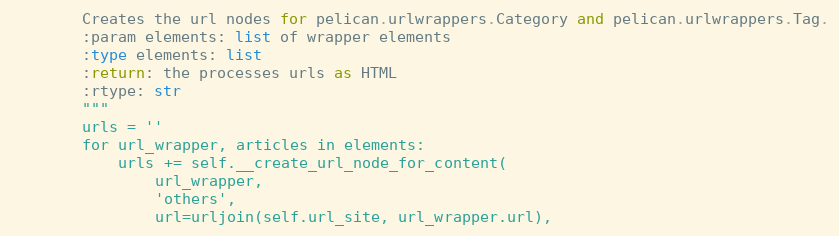
Language: Python
        Creates the url nodes for pelican.urlwrappers.Category and pelican.urlwrappers.Tag.
        :param elements: list of wrapper elements
        :type elements: list
        :return: the processes urls as HTML
        :rtype: str
        """
        urls = ''
        for url_wrapper, articles in elements:
            urls += self.__create_url_node_for_content(
                url_wrapper,
                'others',
                url=urljoin(self.url_site, url_wrapper.url),